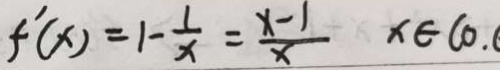
f ^ { \prime } ( x ) = 1 - \frac { 1 } { x } = \frac { x - 1 } { x } x \in ( 0 .